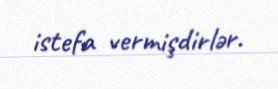
istefa vermişdirlər.